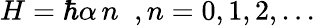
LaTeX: H=\hbar\alpha\, n\; \; ,n=0,1,2,...